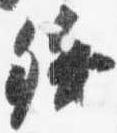
残